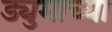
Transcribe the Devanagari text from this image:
ड्युमाच्या